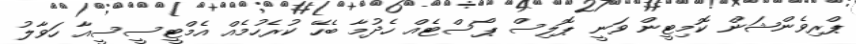
ޕްރިވެންޝަން ކޮމިޓީން ވަނީ ޕޮލިސް ޕޯސްޓެއް ހެދުމާ ބެހޭ ކުރެހުމެއް އެމްޓީސީސީއާ ހަވާލު